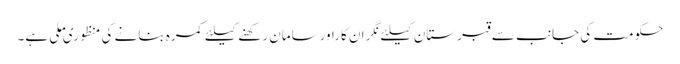
حکومت کی جانب سے قبرستان کیلئے نگران کاراورسامان رکھنے کیلئے کمرہ بنانے کی منظوری ملی ہے۔